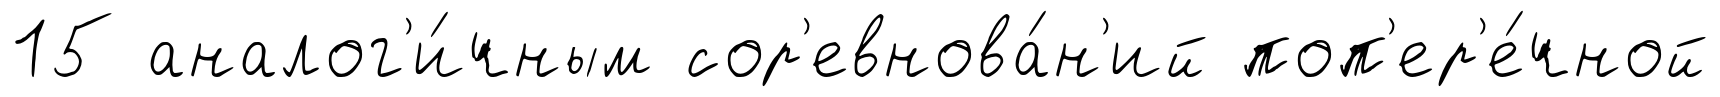
15 аналог'и́чным сор'евнова́н'ий поп'ер'е́чной